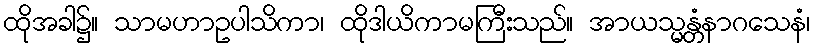
ထိုအခါ၌။ သာမဟာဥပါသိကာ၊ ထိုဒါယိကာမကြီးသည်။ အာယသ္မန္တံနာဂသေနံ၊